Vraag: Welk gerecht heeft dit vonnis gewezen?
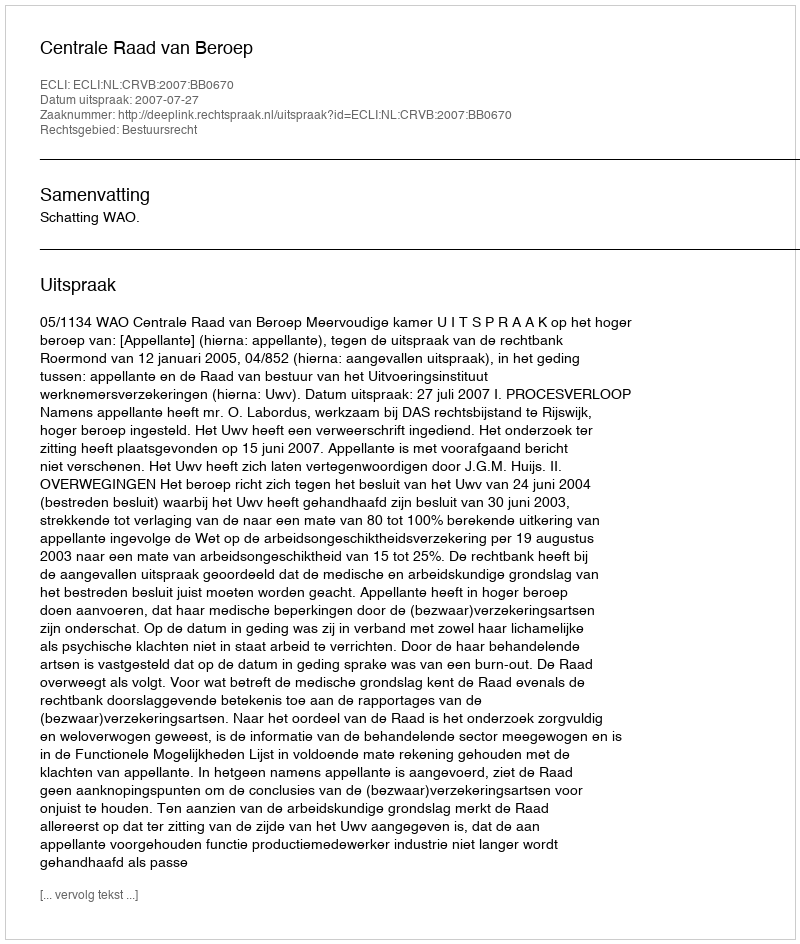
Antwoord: Centrale Raad van Beroep